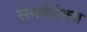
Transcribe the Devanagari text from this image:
समर्थवंशज